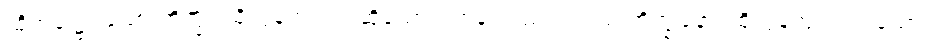
ထိုအခါ၌။ သော ဘိက္ခု၊ ထိုလွန်ကျူး၍ ဆိုသော ရဟန်းသည်။ တဿ ဘိက္ခုနော၊ ထိုလွန်ကျူးအပ်သော